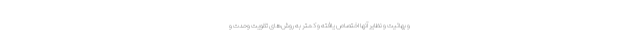
و بهائیت و نظایر آنها اختصاص یافته و کمتر به روش‌های تقویت وحدت و